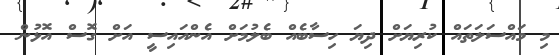
މި މައްސަލަތައް ކުރިޔަށް ދިޔަ ހިސާބެއް ބެލުމަށް އެންއައިސީ އަށް ގޮސް އޮޅުން